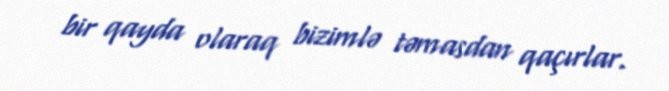
bir qayda olaraq bizimlə təmasdan qaçırlar.